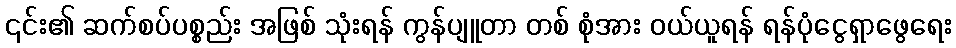
၎င်း၏ ဆက်စပ်ပစ္စည်း အဖြစ် သုံးရန် ကွန်ပျူတာ တစ် စုံအား ဝယ်ယူရန် ရန်ပုံငွေရှာဖွေရေး